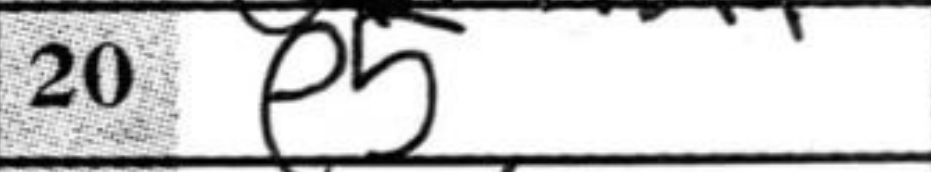
Transcription: e5